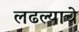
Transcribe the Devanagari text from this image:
लढल्याचे